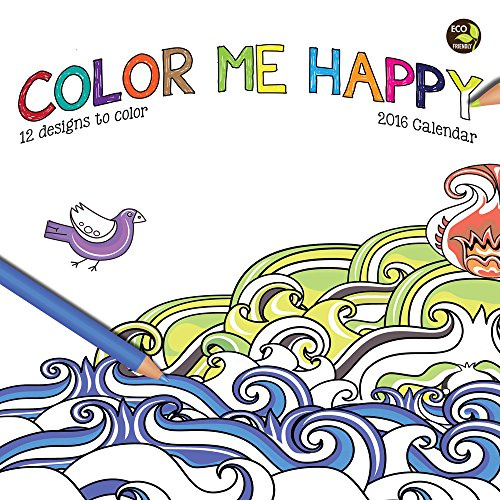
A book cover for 2016 Color Me Happy Mini Calendar; TF Publishing; Calendars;